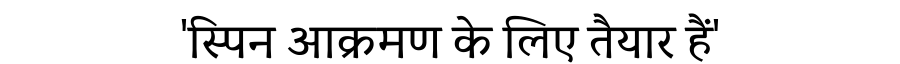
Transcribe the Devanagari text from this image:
'स्पिन आक्रमण के लिए तैयार हैं'